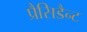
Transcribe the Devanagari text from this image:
प्रैसिडैन्ट